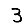
Digit: 3